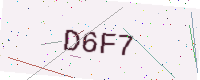
Text: D6F7